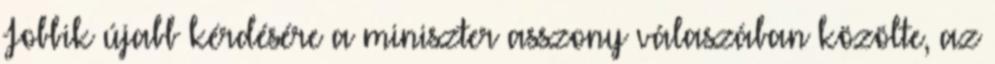
Jobbik újabb kérdésére a miniszter asszony válaszában közölte, az